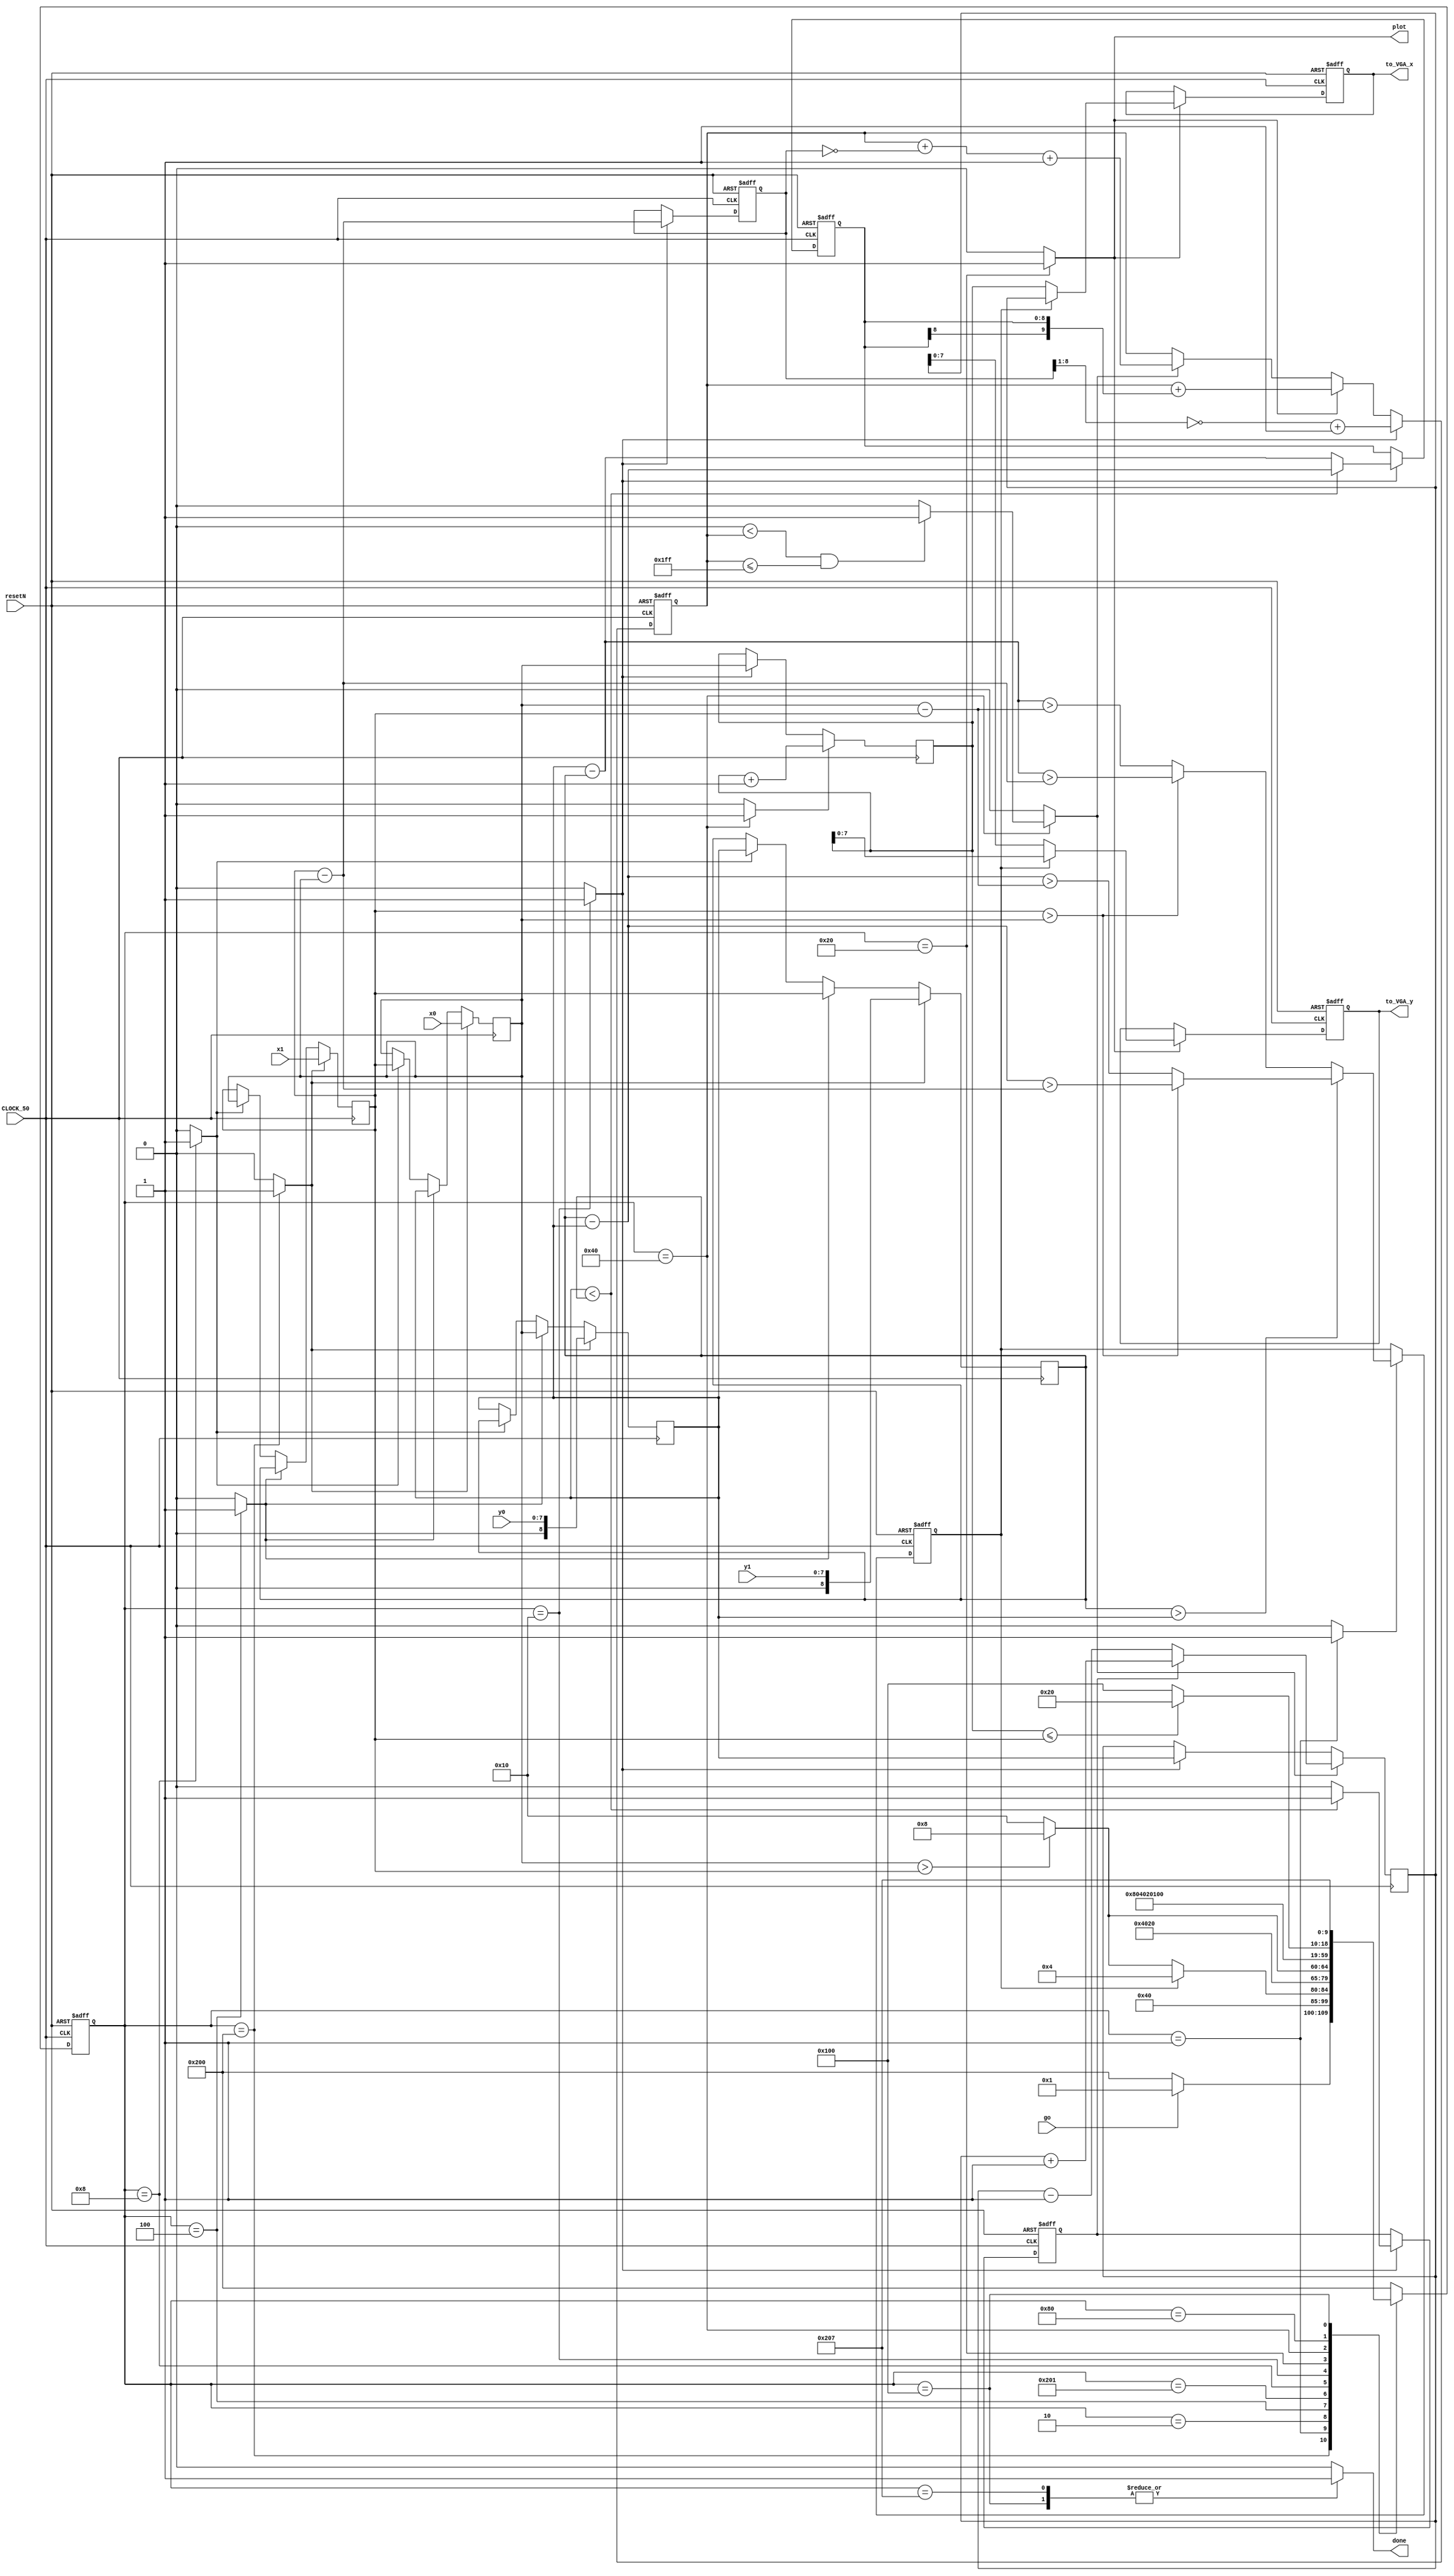
module LDA( 
	input [8:0] x0, x1,
	input [7:0] y0, y1,
	input go, CLOCK_50, resetN,
	output done,
	output reg [8:0] to_VGA_x,	
	output reg [7:0] to_VGA_y,
	output reg plot
			);
			
	/* Local wires to connect modules together */
	//INPUTS
	wire       XorY_sel, XorY_store;
	wire [8:0] XorY_val;
	wire [2:0] colour;


	//assign go         = KEY[2];
	assign colour     = 3'b101;
	//UI <--> LDA
	reg       line_go, line_done;
	reg [8:0] X_0, X_1, X_in;
	reg [8:0] Y_0, Y_1, Y_in;
	//LDA <--> VGA
	
	reg line_go_save;


	/* Line algorithm FSM */
	parameter [9:0] get_steep_S = 10'b0000000001, compareSteep_S = 10'b0000000010, swapXandY_S = 10'b0000000100, swapX_S = 10'b0000001000, initializeVariables_S = 10'b0000010000, plot_S = 10'b0000100000,
		increment_S = 10'b0001000000, checkDone_S = 10'b0010000000, done_S = 10'b0100000000, wait_S = 10'b1000000000, checkForSwapX_S = 10'b1000000001, done_next_S = 10'b1000000111;
	
	reg steep, loadCounter, enableCounter, loadError, incrementX, incrementY, calculateXError, calculateYError, swapXandYEnable, swapXEnable, resetXandY, calculateSteep, loadPosition,
		calculateDelta, enableGo, disableGo, load ;
	wire error_gt_0, x_lt_x1;
	reg [8:0] xPosition, initialX;
	reg [8:0] yPosition, initialY;
	reg [8:0] deltaX;
	reg [9:0] error;
	reg [8:0] deltaY;
	reg [9:0] currentState, nextState;
	reg yStep;
	
	wire x0_gt_x1;
	assign  x0_gt_x1 = (X_0 > X_1);
	
	always@(*) begin
		case(currentState) 
			wait_S: begin
				if (go)
					nextState = get_steep_S;
				else
					nextState = wait_S;
			end
			//LDA FSM 
			//state for setting steep value depending on x and y positions
			get_steep_S: begin
				nextState = compareSteep_S;
			end
			compareSteep_S: begin
				if (steep) nextState = swapXandY_S;
				else if (x0_gt_x1) nextState = swapX_S;
				else nextState = initializeVariables_S;
			end
			swapXandY_S: begin
				 nextState  = checkForSwapX_S;
			end
			checkForSwapX_S:
				if (x0_gt_x1) nextState = swapX_S;
				else nextState = initializeVariables_S;
			swapX_S: begin
				nextState = initializeVariables_S;
			end
			initializeVariables_S: begin
				nextState = plot_S;
			end
			plot_S: begin
				nextState = increment_S;
			end
			increment_S: begin //also re-comutes error and increment x counter and y 
				nextState = checkDone_S;
			end
			checkDone_S: begin
				if (xPosition <= X_1)
					nextState = plot_S;
				else
					nextState = done_S;
			end
			done_S: begin
				//if (line_go)
					nextState = done_next_S;
				//else
				//	nextState = done_S;
			end
			done_next_S:
				nextState = wait_S;
			default: nextState = wait_S;
		
		endcase
	end
	
	
	
	always@(*) begin
	//default condition
		swapXandYEnable = 0;
		swapXEnable = 0;
		loadCounter = 0;
		enableCounter = 0;
		plot = 0;
		loadError = 0;
		incrementX = 0;
		incrementY = 0;
		calculateXError = 0;
		calculateYError = 0;
		line_done = 0;
		resetXandY = 0;
		calculateSteep = 0;
		calculateDelta = 0;
		loadPosition = 0;
		disableGo = 0;
		load = 0;
		case(currentState) 
			wait_S:
				load = 1;
			//state for setting steep value depending on x and y positions
			get_steep_S: begin
				calculateSteep = 1;
			end
			swapXandY_S: begin 
				swapXandYEnable = 1;
			end
			swapX_S: begin
				swapXEnable = 1;
			end
			initializeVariables_S: begin
				loadError = 1;
				resetXandY = 1;
				calculateDelta = 1;
			end
			plot_S: begin
				plot = 1;
				calculateYError = 1;
				loadPosition = 1;
			end
			increment_S: begin
				if (error_gt_0) begin
					incrementY = 1;
					calculateXError = 1;
				end
				else begin
					incrementY = 0;
					calculateXError = 0;
				end
				incrementX = 1;
			end
			checkDone_S: begin
				disableGo = 1;
			end
			done_S: begin	
				line_done = 1;
			end
			done_next_S: begin
				line_done = 1;
			end
			default: plot = 0;
		endcase

	end
	
	
		
	always@(posedge CLOCK_50, negedge resetN) begin
		if (~resetN) begin
			currentState = wait_S;
		end
		else begin
			currentState = nextState;
		end
	end
	
	
	assign done = line_done;

	
	//datapath for swaping values
	always@(posedge CLOCK_50) begin
		
		if (load) begin
			X_0 <= x0;
			X_1 <= x1;
			Y_0 <= y0;
			Y_1 <= y1;
		end
		else if (swapXandYEnable) begin
			X_0 <= Y_0;
			Y_0 <= X_0;
			X_1 <= Y_1;
			Y_1 <= X_1;
		end
		else if (swapXEnable) begin
			X_0 <= X_1;
			X_1 <= X_0;
			Y_0 <= Y_1;
			Y_1 <= Y_0;
		end
	end
	
/* 	//edge detection for go signal
	always@(posedge CLOCK_50, negedge resetN) begin
		if (!resetN) begin
			line_go_save <= 1;
		end
		else begin
			line_go_save <= KEY[2];
		end
		else if (!key[2] && line_go_save) begin
			go <= 0;
		end
		else begin
			go <= 1;
		end
		 */
			
	//end 
	
	
	assign error_gt_0 = ((0 < error) && (error <= 9'd511));
	//assign x_lt_x1 = (xPosition <= X_1);
	//caclulating error value
	always@(posedge CLOCK_50, negedge resetN) begin
		if (!resetN) 
			error <= 0;
		else if (loadError)
			error <= {1'b0,(~(deltaX >>1))+1};
		else if (calculateYError)
			error <= error + {deltaY[8], deltaY};
		else if (calculateXError)	
			error <= error + ~{1'b0, deltaX} + 1'b1; //find 2's complement of deltaX because we are subtracting
	end
	
	//calculating x and y positions
	always@(posedge CLOCK_50) begin
		if (resetXandY) begin
			xPosition <= X_0;
			yPosition <= Y_0;
		end
		if (incrementX)
			xPosition <= xPosition + 1;
		if (incrementY) begin
			if(yStep) 
				yPosition <= yPosition + 9'd1;
			else 
				yPosition <= yPosition - 1;
		end
	end
	
	//load toVGA
	always@(posedge CLOCK_50, negedge resetN) begin
		if (!resetN) begin
			to_VGA_x <= 0;
			to_VGA_y <= 0;
		end
		else if (loadPosition) begin
			if (steep) begin
				to_VGA_x[8:0] <=  yPosition[8:0];
				to_VGA_y[7:0] <= xPosition[7:0];
			end
			else begin
				to_VGA_x[8:0] <= xPosition[8:0];
				to_VGA_y[7:0] <= yPosition[7:0];
			end
		end
	end
	
	//calculating steep
	always@(posedge CLOCK_50, negedge resetN) begin
		if (!resetN)
			steep <= 0;
		else if (calculateSteep) begin
			if (Y_1 > Y_0) begin
				if (X_1 > X_0) begin
					steep <= ((Y_1 - Y_0) > (X_1 - X_0));
				end
				else begin
					steep <= ((Y_1 - Y_0) > (X_0 - X_1));
				end
			end
			else begin
				if (X_1 > X_0) begin
					steep <= ((Y_0 - Y_1) > (X_1 - X_0));
				end
				else begin
					steep <= ((Y_0 - Y_1) > (X_0 - X_1));
				end
			end
		end
	end
	
	//calculating deltaX, deltaY, yStep
	always@(posedge CLOCK_50, negedge resetN) begin
		if (!resetN) begin
			deltaX <= 0;
			deltaY <= 0;
			yStep <= 0;
		end
		else if (calculateDelta) begin
			if (Y_0 < Y_1) begin
				deltaY <= Y_1 - Y_0;
				yStep <= 1;
			end
			else begin
				deltaY <= Y_0 - Y_1;
				yStep <= 0;
			end
			deltaX <= X_1 - X_0;
		end
	end
	
	
	
	//display x values and values on hex_LEDs
	//hex_digits h0(X_1[3:0], HEX0);
	//hex_digits h1(X_1[7:4], HEX1);
	//hex_digits h2(Y_1[3:0], HEX2);
	//hex_digits h3(Y_1[7:4], HEX3);
	//hex_digits h4(X_0[3:0], HEX4);
	//hex_digits h5(Y_0[3:0], HEX5);
	
	//assign LEDR[9:0] = currentState[9:0];
	
endmodule